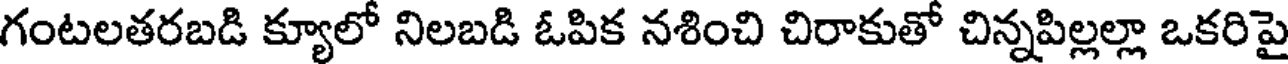
గంటలతరబడి క్యూలో నిలబడి ఓపిక నశించి చిరాకుతో చిన్నపిల్లల్లా ఒకరిపై